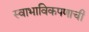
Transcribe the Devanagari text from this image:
स्वाभाविकपणाची